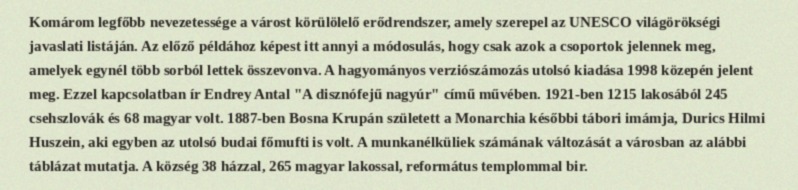
Komárom legfőbb nevezetessége a várost körülölelő erődrendszer, amely szerepel az UNESCO világörökségi javaslati listáján. Az előző példához képest itt annyi a módosulás, hogy csak azok a csoportok jelennek meg, amelyek egynél több sorból lettek összevonva. A hagyományos verziószámozás utolsó kiadása 1998 közepén jelent meg. Ezzel kapcsolatban ír Endrey Antal "A disznófejű nagyúr" című művében. 1921-ben 1215 lakosából 245 csehszlovák és 68 magyar volt. 1887-ben Bosna Krupán született a Monarchia későbbi tábori imámja, Durics Hilmi Huszein, aki egyben az utolsó budai főmufti is volt. A munkanélküliek számának változását a városban az alábbi táblázat mutatja. A község 38 házzal, 265 magyar lakossal, református templommal bir.